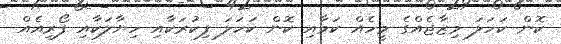
ކޮން ކަހަލަ މިޒާޖެއްގެ މީހެއް ކަމާއި ކޮން ކަހަލަ ފިކުރަކާއި ހިޔާލަކާއި ފޯރިއެއް